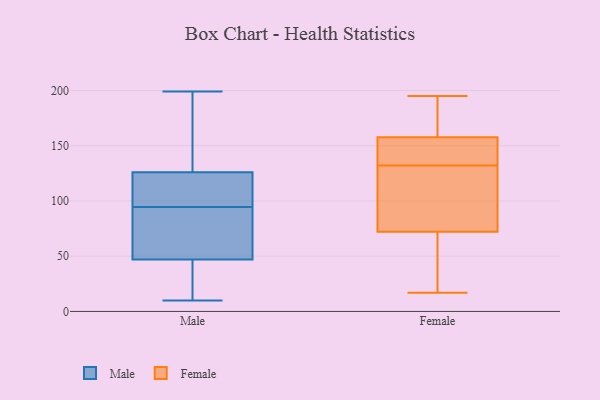
{"axis": {"x": "Humidity (%)", "y": "Value"}, "legend": ["Female", "Male"], "data": [{"x": "", "y": 92, "type": "Male"}, {"x": "", "y": 47, "type": "Male"}, {"x": "", "y": 76, "type": "Male"}, {"x": "", "y": 163, "type": "Male"}, {"x": "", "y": 66, "type": "Male"}, {"x": "", "y": 47, "type": "Male"}, {"x": "", "y": 38, "type": "Male"}, {"x": "", "y": 98, "type": "Male"}, {"x": "", "y": 199, "type": "Male"}, {"x": "", "y": 52, "type": "Male"}, {"x": "", "y": 102, "type": "Male"}, {"x": "", "y": 126, "type": "Male"}, {"x": "", "y": 10, "type": "Male"}, {"x": "", "y": 97, "type": "Male"}, {"x": "", "y": 43, "type": "Male"}, {"x": "", "y": 120, "type": "Male"}, {"x": "", "y": 193, "type": "Male"}, {"x": "", "y": 189, "type": "Male"}, {"x": "", "y": 132, "type": "Female"}, {"x": "", "y": 94, "type": "Female"}, {"x": "", "y": 177, "type": "Female"}, {"x": "", "y": 51, "type": "Female"}, {"x": "", "y": 67, "type": "Female"}, {"x": "", "y": 137, "type": "Female"}, {"x": "", "y": 195, "type": "Female"}, {"x": "", "y": 159, "type": "Female"}, {"x": "", "y": 88, "type": "Female"}, {"x": "", "y": 130, "type": "Female"}, {"x": "", "y": 18, "type": "Female"}, {"x": "", "y": 194, "type": "Female"}, {"x": "", "y": 17, "type": "Female"}, {"x": "", "y": 136, "type": "Female"}, {"x": "", "y": 154, "type": "Female"}]}